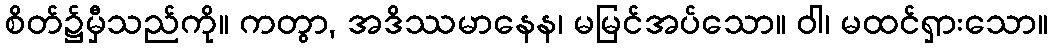
စိတ်၌မှီသည်ကို။ ကတွာ, အဒိဿမာနေန၊ မမြင်အပ်သော။ ဝါ၊ မထင်ရှားသော။